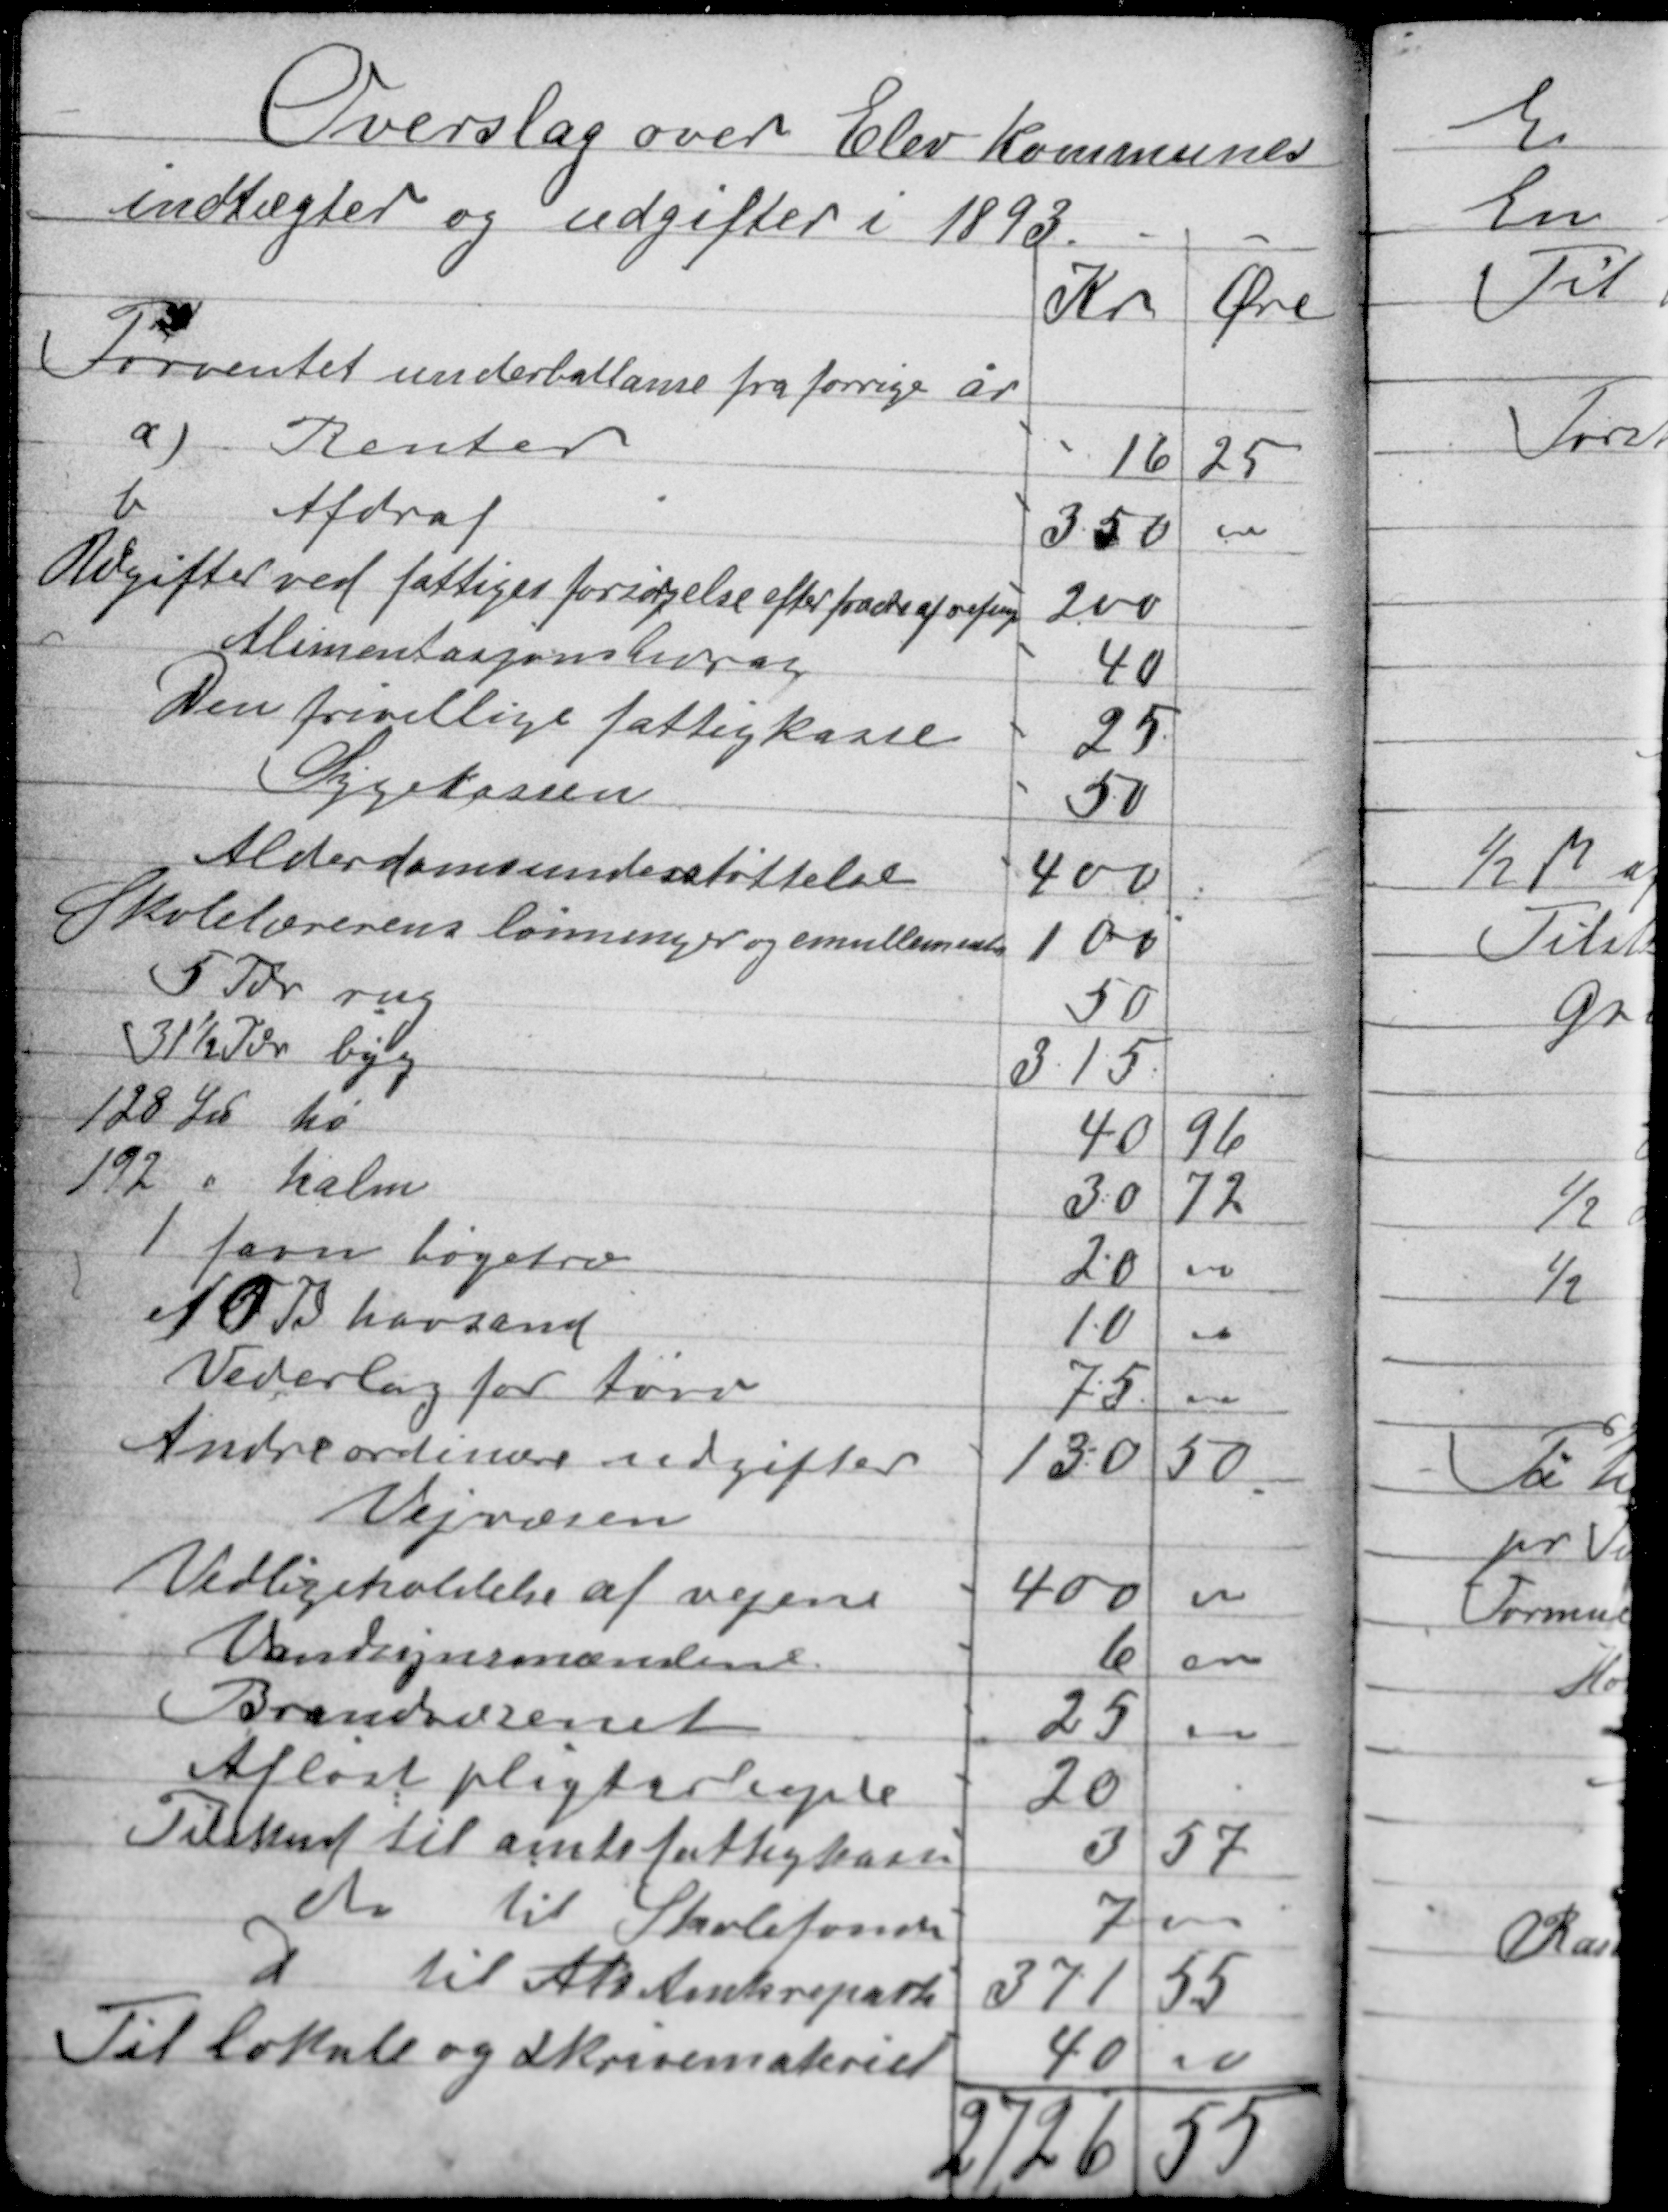
Transskription:
Overslag over Elev kommunes
indtægter og udgifter i 1893